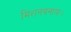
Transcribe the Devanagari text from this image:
मिशनबनाया।